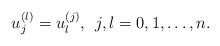
LaTeX: \begin{align*}u_j^{(l)} = u_l^{(j)},\>\>j,l=0,1,\ldots ,n.\end{align*}